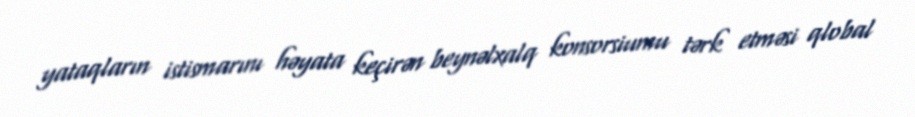
yataqların istismarını həyata keçirən beynəlxalq konsorsiumu tərk etməsi qlobal